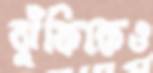
ঝুঁকিকেও